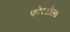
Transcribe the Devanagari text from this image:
फोरटोल्‍ड